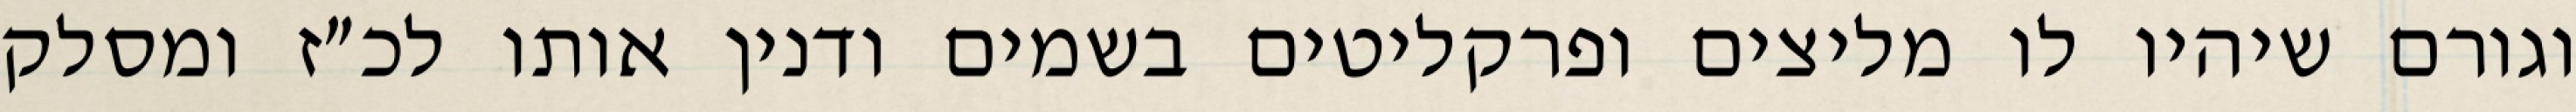
וגורם שיהיו לו מליצים ופרקליטים בשמים ודנין אותו לכ״ז ומסלק